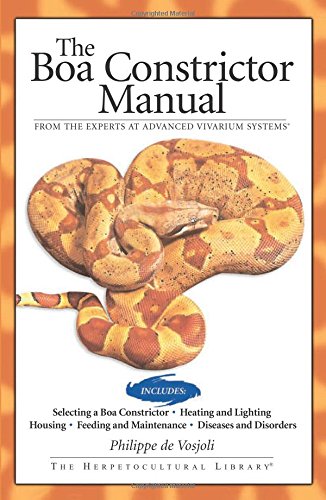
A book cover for Boa Constrictor Manual (Advanced Vivarium Systems); Philippe De Vosjoli; Crafts, Hobbies & Home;